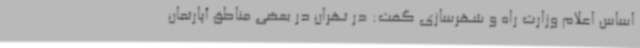
اساس اعلام وزارت راه و شهرسازی گفت: در تهران در بعضی مناطق آپارتمان